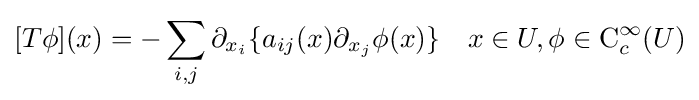
[T\phi ](x)=-\sum _{i,j}\partial _{x_{i}}\{a_{ij}(x)\partial _{x_{j}}\phi (x)\}\quad x\in U,\phi \in \operatorname {C} _{c}^{\infty }(U)